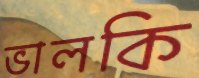
ভালকি